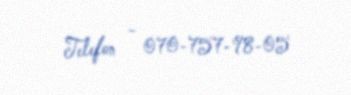
Telefon - 070-757-98-05